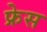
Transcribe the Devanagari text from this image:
फ्रेस